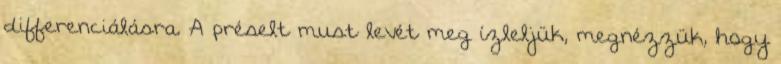
differenciálásra. A préselt must levét meg ízleljük, megnézzük, hogy